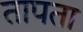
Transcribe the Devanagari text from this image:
तापता